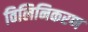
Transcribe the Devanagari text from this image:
विलिनिकरण